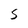
Character: s